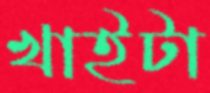
খাইটা